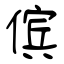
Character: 傧